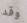
وقد